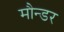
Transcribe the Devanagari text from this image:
मौन्डर